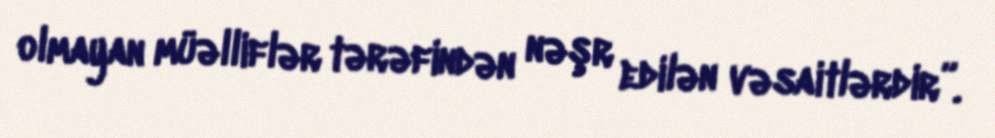
olmayan müəlliflər tərəfindən nəşr edilən vəsaitlərdir”.